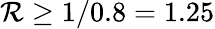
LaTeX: \mathcal{R}\geq 1/0.8=1.25